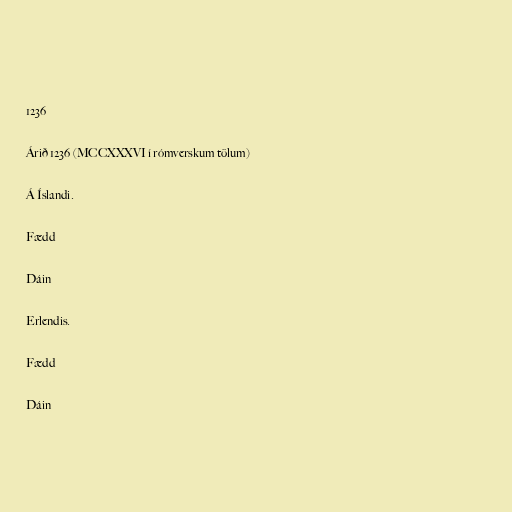
1236

Árið 1236 (MCCXXXVI í rómverskum tölum)

Á Íslandi.

Fædd

Dáin

Erlendis.

Fædd

Dáin